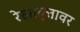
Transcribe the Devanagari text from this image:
रेखावृत्तावर